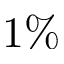
1 \%